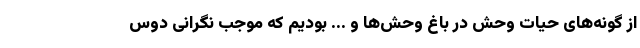
از گونه‌های حیات وحش در باغ وحش‌ها و ... بودیم که موجب نگرانی دوس